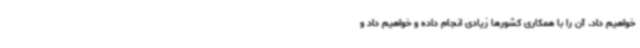
خواهیم داد. آن را با همکاری کشورها زیادی انجام داده و خواهیم داد و